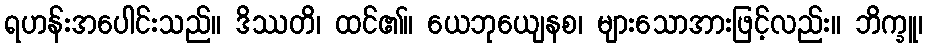
ရဟန်းအပေါင်းသည်။ ဒိဿတိ၊ ထင်၏။ ယေဘုယျေနစ၊ များသောအားဖြင့်လည်း။ ဘိက္ခူ၊